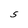
Character: S